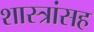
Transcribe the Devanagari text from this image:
शास्त्रांसह